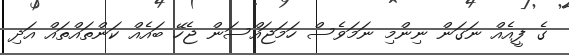
ގެ ފީއެއް ނަގަން ނިންމި ނަމަވެސް ހަމަޖައްސަން ޖެހޭ ބައެއް ކަންތައްތައް އަދި